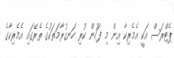
ޕެޓްރަސް އަކީ އެމެރިކާ އިން މި ފަހުން ކުރި ހަނގުރާމަތަކުގެ ތެރޭގައި އެމެރިކާގެ